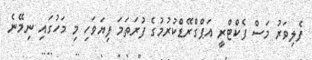
ފެލިވަރު މަސް ފެކްޓްރީ އަޕްގްރޭޑްކުރުމުގެ ފުރަތަމަ ފިޔަވަހި މި މަހުގައި ނިމޭނެ